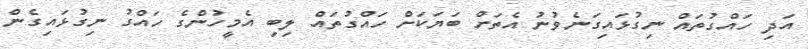
އަދި ހައްގުތައް ނިގުޅައިގަނެވުނު އެތަށް ބަޔަކަށް ހައްގުތައް ލިބި އެމީހުންގެ ހައްގު ނިގުޅައިގެން